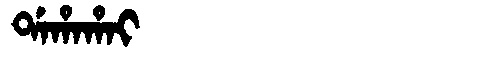
Manchu: ᡩᠠᡥᠠᡥᠠᡳ
Romanization: DAHAHAI